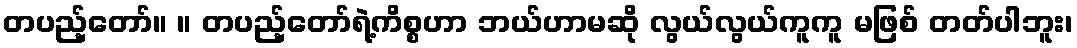
တပည့်တော်။ ။ တပည့်တော်ရဲ့ကိစ္စဟာ ဘယ်ဟာမဆို လွယ်လွယ်ကူကူ မဖြစ် တတ်ပါဘူး၊